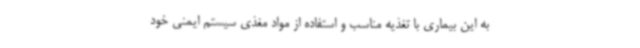
به این بیماری با تغذیه مناسب و استفاده از مواد مغذی سیستم ایمنی خود